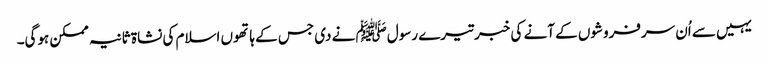
یہیں سے اُن سرفروشوں کے آنے کی خبر تیرے رسولﷺ نے دی جس کے ہاتھوں اسلام کی نشاۃ ثانیہ ممکن ہوگی۔